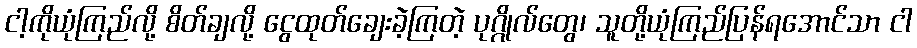
ငါ့ကိုယုံကြည်လို့ စိတ်ချလို့ ငွေထုတ်ချေးခဲ့ကြတဲ့ ပုဂ္ဂိုလ်တွေ၊ သူတို့ယုံကြည်ပြန်ရအောင်သာ ငါ